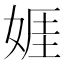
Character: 娾